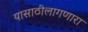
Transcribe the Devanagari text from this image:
यासाठीलागणारा